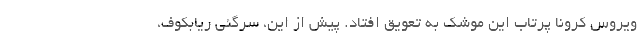
ویروس کرونا پرتاب این موشک به تعویق افتاد. پیش از این، سرگئی ریابکوف،